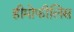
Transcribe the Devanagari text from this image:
हीमोफीलिस